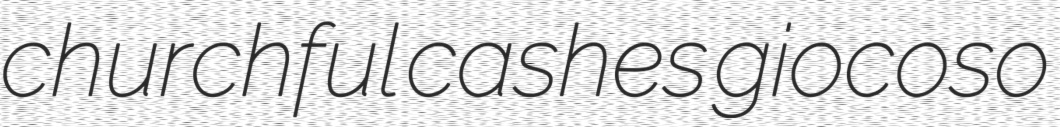
churchful cashes giocoso